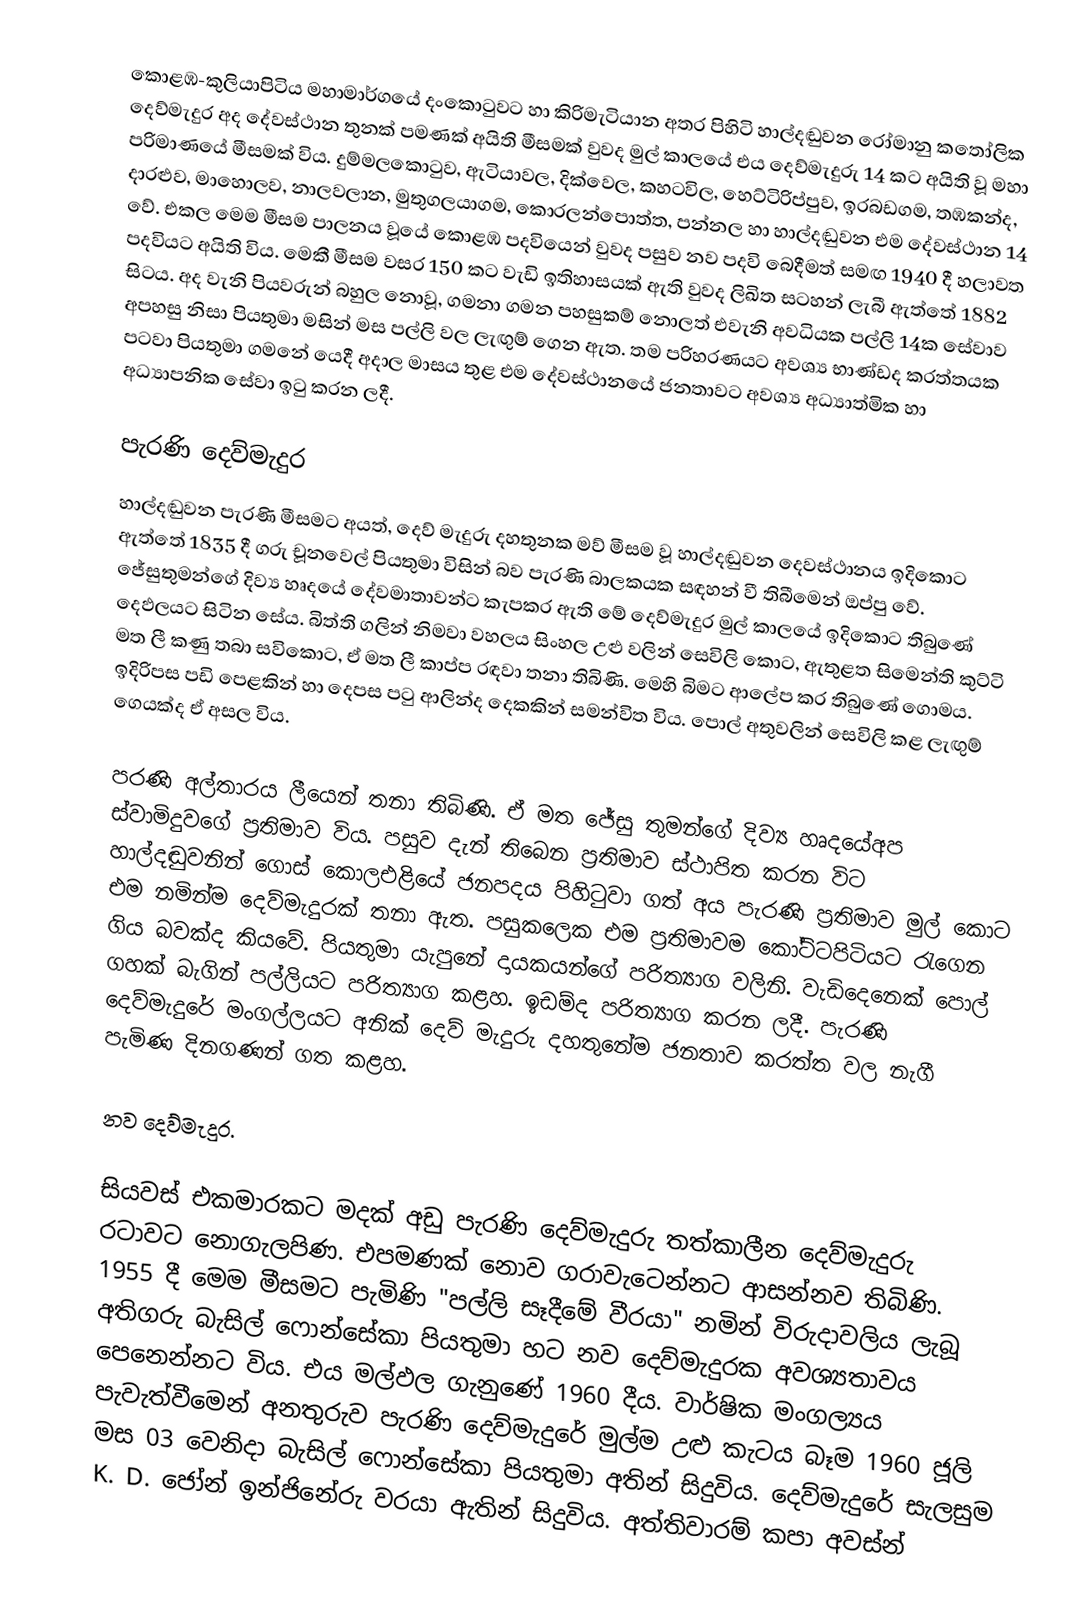
කොළඹ-කුලියාපිටිය මහාමාර්ගයේ දංකොටුවට හා කිරිමැටියාන අතර පිහිටි හාල්දඬුවන රෝමානු කතෝලික දෙව්මැදුර අද දේවස්ථාන තුනක් පමණක් අයිති මීසමක් වුවද මුල් කාලයේ එය දෙව්මැදුරු 14 කට අයිති වූ මහා පරිමාණයේ මීසමක් විය. දුම්මලකොටුව, ඇටියාවල, දික්වෙල, කහටවිල, හෙට්ටිරිප්පුව, ඉරබඩගම, තඹකන්ද, දාරළුව, මාහොලව, නාලවලාන, මුතුගලයාගම, කොරලන්පොත්ත, පන්නල හා හාල්දඬුවන එම දේවස්ථාන 14 වේ. එකල මෙම මීසම පාලනය වූයේ කොළඹ පදවියෙන් වුවද පසුව නව පදවි බෙදීමත් සමඟ 1940 දී හලාවත පදවියට අයිති විය. මෙකී මීසම වසර 150 කට වැඩි ඉතිහාසයක් ඇති වුවද ලිඛිත සටහන් ලැබී ඇත්තේ 1882 සිටය. අද වැනි පියවරුන් බහුල නොවූ, ගමනා ගමන පහසුකම් නොලත් එවැනි අවධියක පල්ලි 14ක සේවාව අපහසු නිසා පියතුමා මසින් මස පල්ලි වල ලැඟුම් ගෙන ඇත. තම පරිහරණයට අවශ්‍ය භාණ්ඩද කරත්තයක පටවා පියතුමා ගමනේ යෙදී අදාල මාසය තුළ එම දේවස්ථානයේ ජනතාවට අවශ්‍ය අධ්‍යාත්මික හා අධ්‍යාපනික සේවා ඉටු කරන ලදී.

පැරණි දෙව්මැදුර
හාල්දඬුවන පැරණි මීසමට අයත්, දෙව් මැදුරු දහතුනක මව් මීසම වූ හාල්දඬුවන දෙවස්ථානය ඉදිකොට ඇත්තේ 1835 දී ගරු චූනවෙල් පියතුමා විසින් බව පැරණි බාලකයක සඳහන් වී තිබීමෙන් ඔප්පු වේ. ජේසුතුමන්ගේ දිව්‍ය හෘදයේ දේවමාතාවන්ට කැපකර ඇති මේ දෙව්මැදුර මුල් කාලයේ ඉදිකොට තිබුණේ දෙඵලයට සිටින සේය. බිත්ති ගලින් නිමවා වහලය සිංහල උළු වලින් සෙවිලි කොට, ඇතුළත සිමෙන්ති කුට්ටි මත ලී කණු තබා සවිකොට, ඒ මත ලී කාප්ප රඳවා තනා තිබිණි. මෙහි බිමට ආලේප කර තිබුණේ ගොමය. ඉදිරිපස පඩි පෙළකින් හා දෙපස පටු ආලින්ද දෙකකින් සමන්විත විය. පොල් අතුවලින් සෙවිලි කළ ලැඟුම් ගෙයක්ද ඒ අසල විය.

	පරණි අල්තාරය ලීයෙන් තනා තිබිණි. ඒ මත ජේසු තුමන්ගේ දිව්‍ය හෘදයේඅප ස්වාමිදුවගේ ප්‍රතිමාව විය. පසුව දැන් තිබෙන ප්‍රතිමාව ස්ථාපිත කරන විට හාල්දඬුවනින් ගොස් කොලඑළියේ ජනපදය පිහිටුවා ගත් අය පැරණි ප්‍රතිමාව මුල් කොට එම නමින්ම දෙව්මැදුරක් තනා ඇත. පසුකලෙක එම ප්‍රතිමාවම කෝට්ටපිටියට රැගෙන ගිය බවක්ද කියවේ. පියතුමා යැපුනේ දායකයන්ගේ පරිත්‍යාග වලිනි. වැඩිදෙනෙක් පොල් ගහක් බැගින් පල්ලියට පරිත්‍යාග කළහ. ඉඩම්ද පරිත්‍යාග කරන ලදී. පැරණි දෙව්මැදුරේ මංගල්ලයට අනික් දෙව් මැදුරු දහතුනේම ජනතාව කරත්ත වල නැගී පැමිණ දිනගණන් ගත කළහ.

නව දෙව්මැදුර.

සියවස් එකමාරකට මදක් අඩු පැරණි දෙව්මැදුරු තත්කාලීන දෙව්මැදුරු රටාවට නොගැලපිණ. එපමණක් නොව ගරාවැටෙන්නට ආසන්නව තිබිණි. 1955 දී මෙම මීසමට පැමිණි "පල්ලි සෑදීමේ වීරයා" නමින් විරුදාවලිය ලැබූ අතිගරු බැසිල් ෆොන්සේකා පියතුමා හට නව දෙව්මැදුරක අවශ්‍යතාවය පෙනෙන්නට විය. එය මල්ඵල ගැනුණේ 1960 දීය. වාර්ෂික මංගල්‍යය පැවැත්වීමෙන් අනතුරුව පැරණි දෙව්මැදුරේ මුල්ම උළු කැටය බෑම 1960 ජූලි මස 03 වෙනිදා බැසිල් ෆොන්සේකා පියතුමා අතින් සිදුවිය. දෙව්මැදුරේ සැලසුම K. D. ජෝන් ඉන්ජිනේරු වරයා ඇතින් සිදුවිය. අත්තිවාරම් කපා අවස්න්